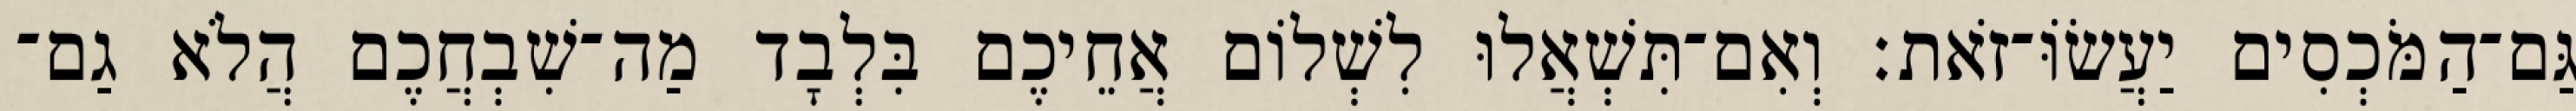
גַּם־הַמֹּכְסִים יַעֲשׂוֹּ־זֹאת׃ וְאִם־תִּשְׁאֲלוּ לִשְׁלוֹם אֲחֵיכֶם בִּלְבָד מַה־שִׁבְחֲכֶם הֲלֹא גַם־